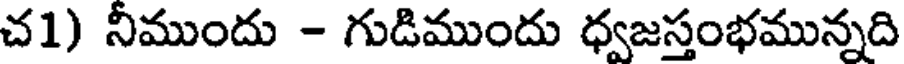
చ1) నీముందు - గుడిముందు ధ్వజస్తంభమున్నది